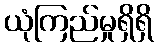
ယုံကြည်မှုရှိရှိ